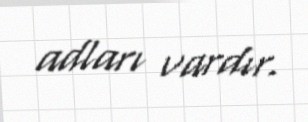
adları vardır.